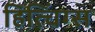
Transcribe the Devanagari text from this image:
हित्चिंग्स